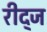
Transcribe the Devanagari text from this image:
रीद्ज